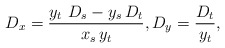
\begin{align*}D_x = \frac{y_t\ D_s - y_s\, D_t}{x_s\, y_t},D_y = \frac{D_t}{y_t},\end{align*}